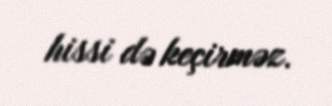
hissi də keçirməz.